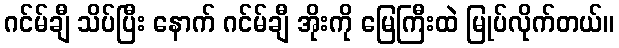
ဂင်မ်ချီ သိပ်ပြီး နောက် ဂင်မ်ချီ အိုးကို မြေကြီးထဲ မြုပ်လိုက်တယ်။